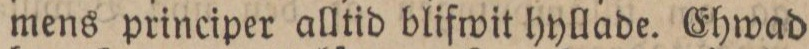
mens principer alltid blifwit hyllade. Ehwad